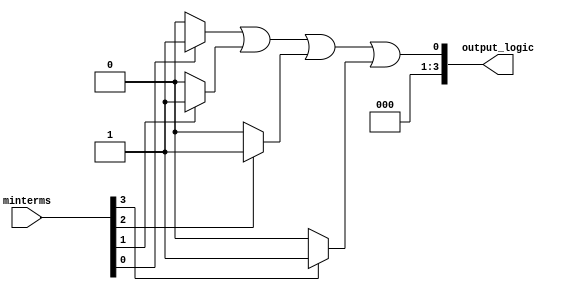
module PrimeImplicant (
    input [3:0] minterms,  // 4-bit input representing minterms (e.g., 0-15)
    output reg [3:0] output_logic // 4-bit output representing the simplified function
);

// Internal signals
reg [15:0] implicants; // To store implicants (16 possible for 4 variables)
reg [15:0] essential_implicants; // To store essential implicants

// Function that generates implicants (simplified for demonstration)
always @(*) begin
    // Initialize implicants to zero
    implicants = 16'b0;
    
    // Example: Generate implicants based on minterms
    // This section should ideally contain the logic for generating prime implicants
    if (minterms[0]) implicants[0] = 1; // m0
    if (minterms[1]) implicants[1] = 1; // m1
    if (minterms[2]) implicants[2] = 1; // m2
    if (minterms[3]) implicants[3] = 1; // m3
    if (minterms[4]) implicants[4] = 1; // m4
    if (minterms[5]) implicants[5] = 1; // m5
    if (minterms[6]) implicants[6] = 1; // m6
    if (minterms[7]) implicants[7] = 1; // m7
    if (minterms[8]) implicants[8] = 1; // m8
    if (minterms[9]) implicants[9] = 1; // m9
    if (minterms[10]) implicants[10] = 1; // m10
    if (minterms[11]) implicants[11] = 1; // m11
    if (minterms[12]) implicants[12] = 1; // m12
    if (minterms[13]) implicants[13] = 1; // m13
    if (minterms[14]) implicants[14] = 1; // m14
    if (minterms[15]) implicants[15] = 1; // m15

    // Example selection of essential implicants (simplified)
    essential_implicants = implicants; // In a real design, you'd filter for essential ones

    // Combine essential implicants to produce output logic
    output_logic = essential_implicants[0] | essential_implicants[1] | 
                   essential_implicants[2] | essential_implicants[3] |
                   essential_implicants[4] | essential_implicants[5] |
                   essential_implicants[6] | essential_implicants[7] |
                   essential_implicants[8] | essential_implicants[9] |
                   essential_implicants[10] | essential_implicants[11] |
                   essential_implicants[12] | essential_implicants[13] |
                   essential_implicants[14] | essential_implicants[15];
end

endmodule